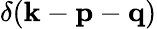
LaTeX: \delta({\mathbf{k}}-{\mathbf{p}}-{\mathbf{q}})